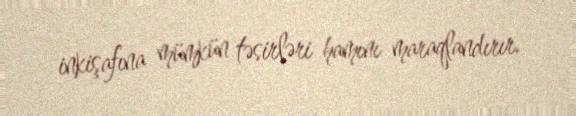
inkişafına mümkün təsirləri hamını maraqlandırır.